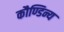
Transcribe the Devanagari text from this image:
कौण्डिन्य